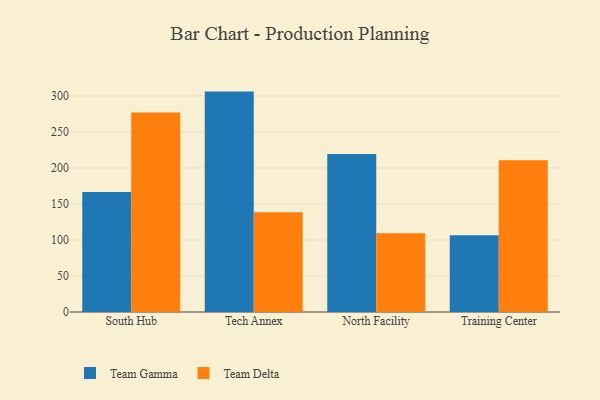
{"axis": {"x": "Campus", "y": "Waste Production (Tons)"}, "legend": ["Team Delta", "Team Gamma"], "data": [{"x": "South Hub", "y": 166.6, "type": "Team Gamma"}, {"x": "South Hub", "y": 277.2, "type": "Team Delta"}, {"x": "Tech Annex", "y": 306.1, "type": "Team Gamma"}, {"x": "Tech Annex", "y": 138.4, "type": "Team Delta"}, {"x": "North Facility", "y": 219.3, "type": "Team Gamma"}, {"x": "North Facility", "y": 109.3, "type": "Team Delta"}, {"x": "Training Center", "y": 106.7, "type": "Team Gamma"}, {"x": "Training Center", "y": 210.9, "type": "Team Delta"}]}